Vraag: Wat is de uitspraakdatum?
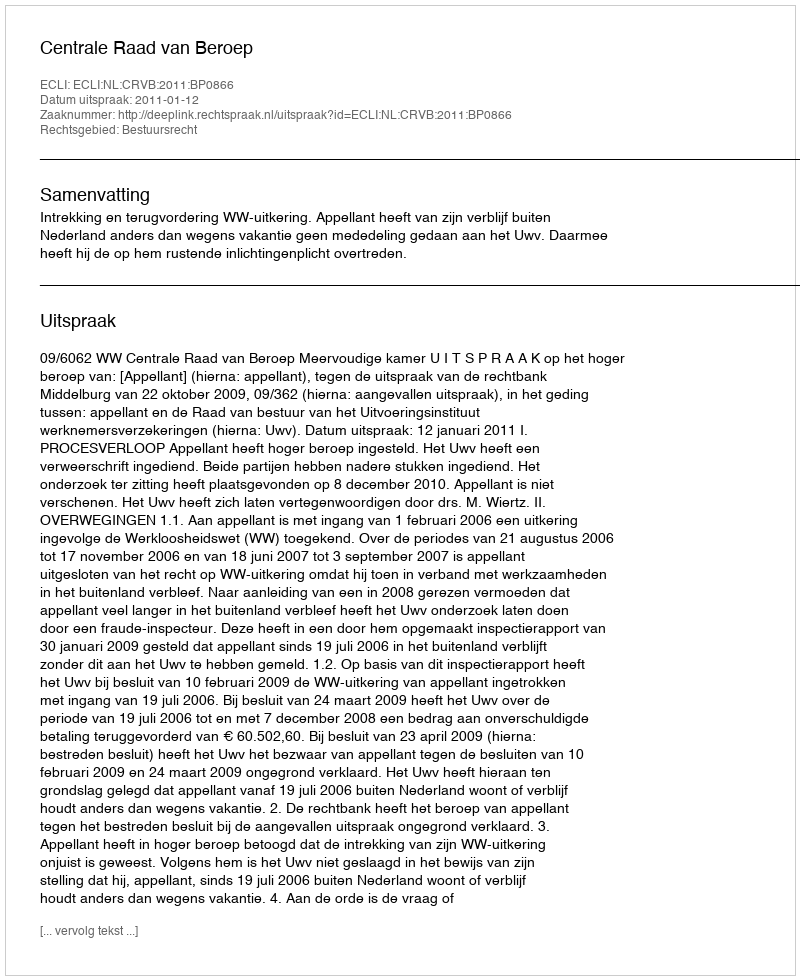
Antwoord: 2011-01-12